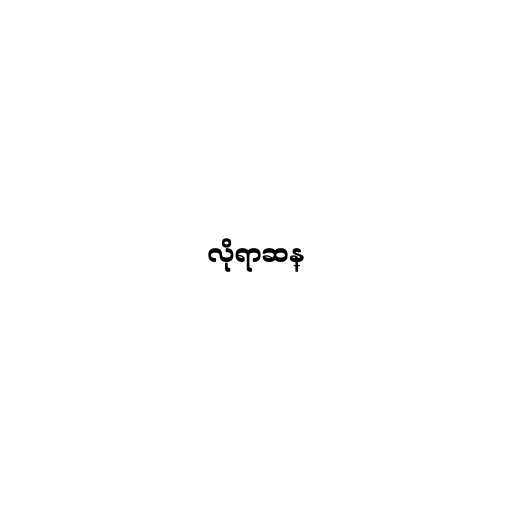
လိုရာဆန္